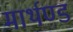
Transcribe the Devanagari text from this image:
मार्थण्ड